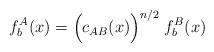
LaTeX: \begin{align*}f_b^A(x) =\Bigl(c_{AB}(x)\Bigr)^{n/2}\;f_b^B(x)\end{align*}